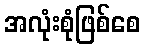
အလုံးစုံဖြစ်စေ